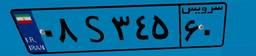
۰۸S۳۴۵۶۰